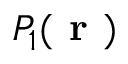
P _ { 1 } ( \textbf { r } )